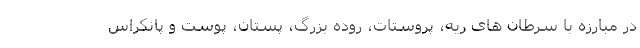
در مبارزه با سرطان های ریه، پروستات، روده بزرگ، پستان، پوست و پانکراس